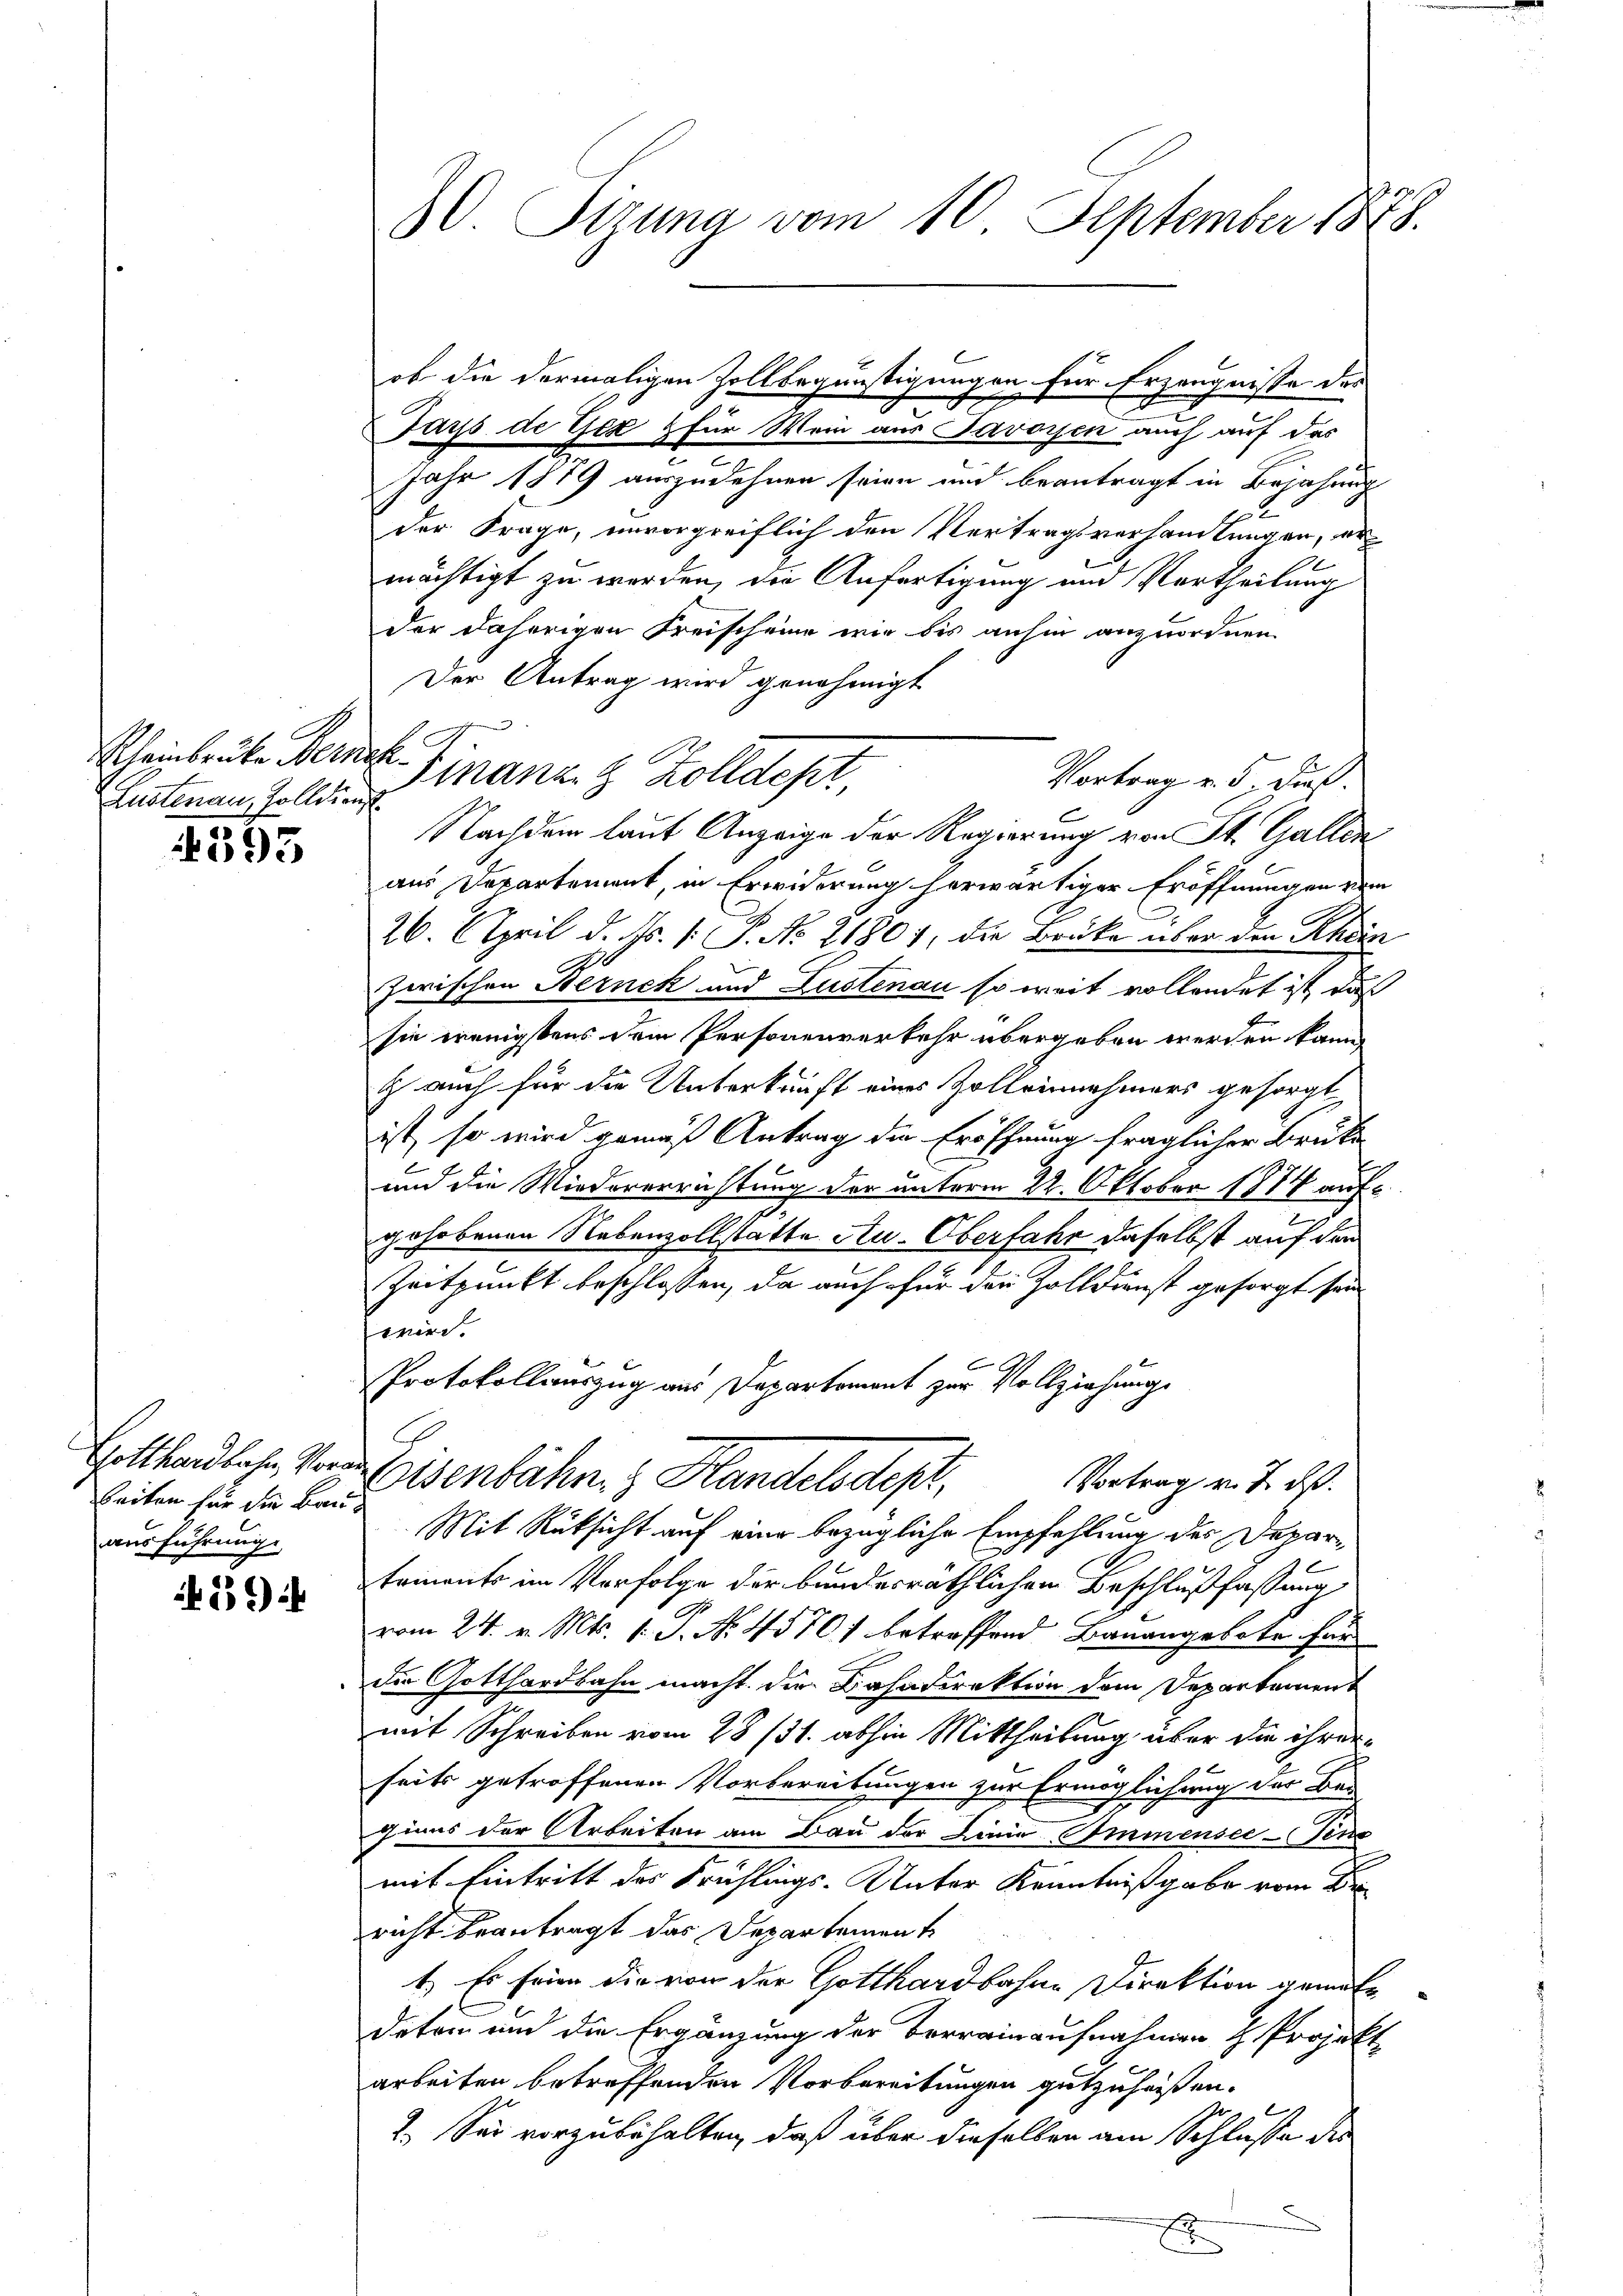
Zustenau, Zolldiens

393

Gotthardbahn, Vora
beiten für die Bauausführung.

1456) i

1

30. Sizung vom 10. September 1848.

ob die dermaligen Zollbegünstigungen für Erzeugnisse des
Jays de Gez & für Wein aus Savoyen auch auf das
Jahr 1819 auszudehnen seien und beantragt in Bejahung
22
der Frage, unvorgreiflich den Vertragsverhandlungen, ermächtigt zu werden, die Anfertigung und Vortheilung
der daherigen Freischeine wir bis anhin anzuordnen.
Der Antrag wird genehmigt
Vortrag v. 5. dieß.
Nachdem lauf Anzeige der Regierung von St. Gallen
aus Departement, in Erwiderung herwärtiger Eröffnungen vom
26. April d. Ms. 1. P. No. 21807, die Brüke über den Rhein
zwischen Bernck und Lustenau so weit vollendet ist, daß
F
sie wenigstens dem Personenverkehr übergeben werden kann
 auch für die Unterkunft eines Zolleinnehmers gesorgt
ist, so wird gemäß Antrag die Eröffnung fraglicher Brüte
und die Wiedererrichtung der unterm 22. Oktober 1874 auf-
gehobenen Nebenvollstatte Au-Oberfahr daselbst auf den
Zeitpunkt beschlossen, da auch für den Zolldienst gesorgt sein
wird.
Protokollauszug aus Departement zur Vollziehung
Eisenbahn. Handelsdest,
Vortrag v. J. das
Mit Rüksicht auf eine bezügliche Empfehlung des Departements im Verfolge der bundesräthlichen Beschlußfassung
vom 24. v. Mts. 1. P. Nr. 45701 betreffend Bauangebote fand
die Gotthardbahn macht. Die Bahndirektion dem Departament
mit Schreiben vom 28/31. abhin Mittheilung über die ihrerseits getroffenen Vorbereitungen zur Ermöglichung der Bas
gians der Arbeiten am Bau der Linie Immensee-Pens
mit Eintritt des Frühlings-Unter Kenntnißgabe vom Br
richt beantragt das Departement
1.) Es seien die von der Gotthardbahne Direktion gemac
deten und die Ergänzung der Berrainaufnahmen H Projekt
arbeiten betreffenden Vorbereitungen gutzuheißen.
1. Sei vorzubehalten, daß über dieselben am Schlusse des

Scheinbrüke Ferner Finanz. 8 Zolldept